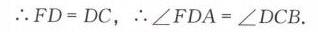
\(\therefore FD = DC,\therefore\angle FDA=\angle DCB.\)